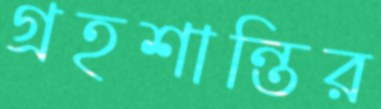
গ্রহশান্তির